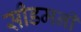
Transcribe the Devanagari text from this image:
सीडमनी